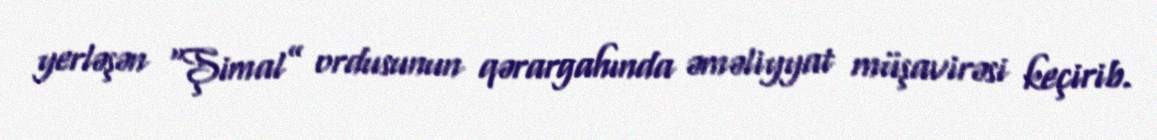
yerləşən “Şimal” ordusunun qərargahında əməliyyat müşavirəsi keçirib.